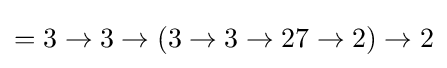
=3\rightarrow 3\rightarrow (3\rightarrow 3\rightarrow 27\rightarrow 2)\rightarrow 2